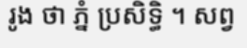
រូង ថា ភ្នំ ប្រសិទ្ធិ ។ សព្វ